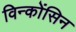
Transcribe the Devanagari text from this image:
विन्कोंसिन